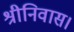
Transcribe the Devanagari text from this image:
श्रीनिवास।